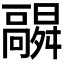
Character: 𬴛